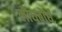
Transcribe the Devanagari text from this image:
लौघबोर्घ